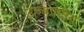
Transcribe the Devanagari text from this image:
उच्चपदीय